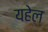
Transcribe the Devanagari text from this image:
यहेल